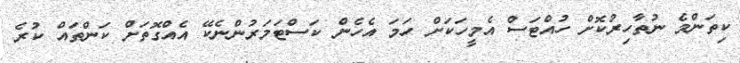
ކިތަންމެ ނުތާހިރުކޮށް ހުއްޓަސް އެމީހަކަށް ހަމަ އެހެން ކަސްޓަމަރުންނެކޭ އެއްގޮތަށް ކަންތައް ކުރެ